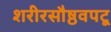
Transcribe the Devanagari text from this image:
शरीरसौष्ठवपटू